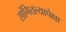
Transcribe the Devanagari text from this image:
सांगितल्यापेक्षा